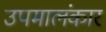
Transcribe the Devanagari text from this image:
उपमालंकार